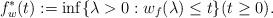
LaTeX: \begin{align*} f^*_w (t) := \inf \{ \lambda > 0 : w_f (\lambda ) \le t\} (t\ge 0 ) .\end{align*}